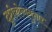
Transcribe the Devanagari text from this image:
दृष्टीकोनानुसार